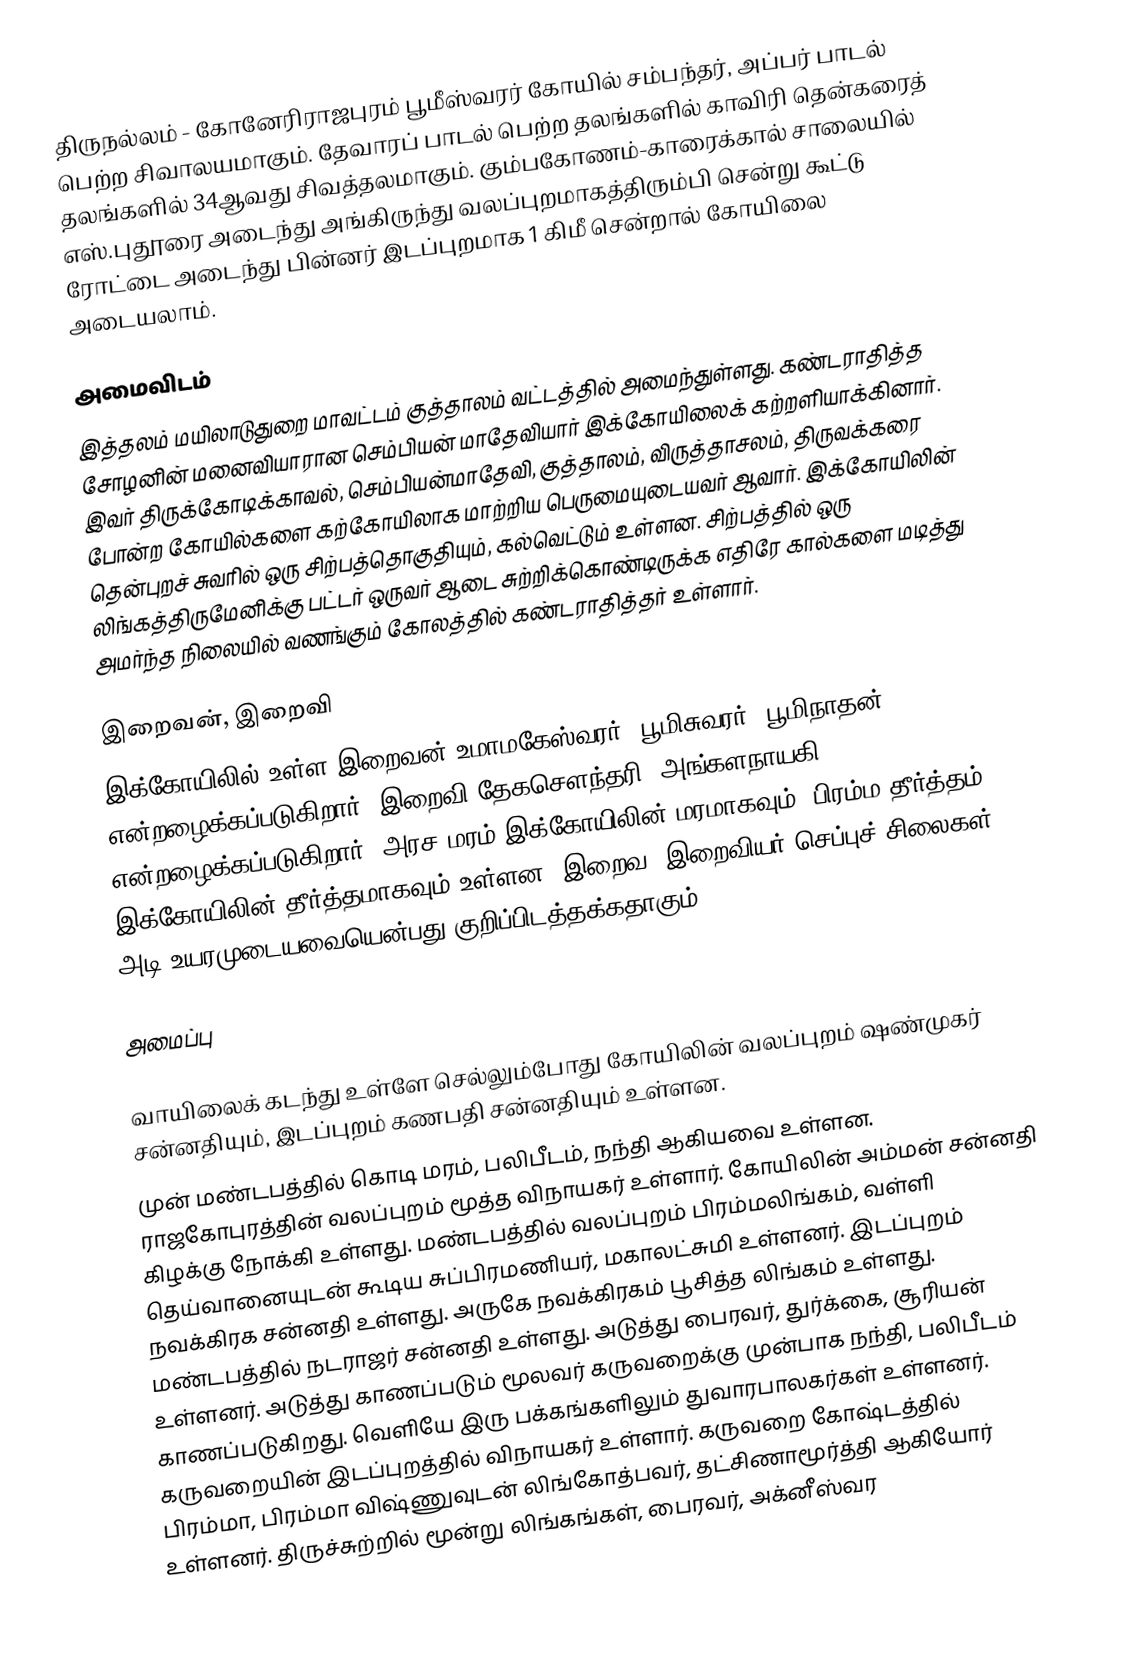
திருநல்லம் - கோனேரிராஜபுரம் பூமீஸ்வரர் கோயில் சம்பந்தர், அப்பர் பாடல் பெற்ற சிவாலயமாகும். தேவாரப் பாடல் பெற்ற தலங்களில் காவிரி தென்கரைத் தலங்களில் 34ஆவது சிவத்தலமாகும். கும்பகோணம்-காரைக்கால் சாலையில் எஸ்.புதூரை அடைந்து அங்கிருந்து வலப்புறமாகத்திரும்பி சென்று கூட்டு ரோட்டை அடைந்து பின்னர் இடப்புறமாக 1 கிமீ சென்றால் கோயிலை அடையலாம்.

அமைவிடம்
இத்தலம் மயிலாடுதுறை மாவட்டம்  குத்தாலம் வட்டத்தில் அமைந்துள்ளது. கண்டராதித்த சோழனின் மனைவியாரான செம்பியன் மாதேவியார் இக்கோயிலைக் கற்றளியாக்கினார். இவர் திருக்கோடிக்காவல், செம்பியன்மாதேவி, குத்தாலம், விருத்தாசலம், திருவக்கரை போன்ற கோயில்களை கற்கோயிலாக மாற்றிய பெருமையுடையவர் ஆவார். இக்கோயிலின் தென்புறச் சுவரில் ஒரு சிற்பத்தொகுதியும், கல்வெட்டும் உள்ளன. சிற்பத்தில் ஒரு லிங்கத்திருமேனிக்கு பட்டர் ஒருவர் ஆடை சுற்றிக்கொண்டிருக்க எதிரே கால்களை மடித்து அமர்ந்த நிலையில் வணங்கும் கோலத்தில் கண்டராதித்தர் உள்ளார்.

இறைவன், இறைவி
இக்கோயிலில் உள்ள இறைவன் உமாமகேஸ்வரர், பூமிசுவரர், பூமிநாதன் என்றழைக்கப்படுகிறார். இறைவி தேகசௌந்தரி, அங்களநாயகி என்றழைக்கப்படுகிறார். அரச மரம் இக்கோயிலின் மரமாகவும், பிரம்ம தீர்த்தம் இக்கோயிலின் தீர்த்தமாகவும் உள்ளன. இறைவ, இறைவியர் செப்புச் சிலைகள் 9 அடி உயரமுடையவையென்பது குறிப்பிடத்தக்கதாகும்.

அமைப்பு

வாயிலைக் கடந்து உள்ளே செல்லும்போது கோயிலின் வலப்புறம் ஷண்முகர் சன்னதியும், இடப்புறம் கணபதி சன்னதியும் உள்ளன.
முன் மண்டபத்தில் கொடி மரம், பலிபீடம், நந்தி ஆகியவை உள்ளன.  ராஜகோபுரத்தின் வலப்புறம் மூத்த விநாயகர் உள்ளார். கோயிலின் அம்மன் சன்னதி கிழக்கு நோக்கி உள்ளது. மண்டபத்தில் வலப்புறம் பிரம்மலிங்கம், வள்ளி தெய்வானையுடன் கூடிய சுப்பிரமணியர், மகாலட்சுமி உள்ளனர். இடப்புறம் நவக்கிரக சன்னதி உள்ளது. அருகே நவக்கிரகம் பூசித்த லிங்கம் உள்ளது. மண்டபத்தில் நடராஜர் சன்னதி உள்ளது. அடுத்து பைரவர், துர்க்கை, சூரியன் உள்ளனர். அடுத்து காணப்படும் மூலவர் கருவறைக்கு முன்பாக நந்தி, பலிபீடம் காணப்படுகிறது. வெளியே இரு பக்கங்களிலும் துவாரபாலகர்கள் உள்ளனர். கருவறையின் இடப்புறத்தில் விநாயகர் உள்ளார். கருவறை கோஷ்டத்தில் பிரம்மா, பிரம்மா விஷ்ணுவுடன் லிங்கோத்பவர், தட்சிணாமூர்த்தி ஆகியோர் உள்ளனர். திருச்சுற்றில் மூன்று லிங்கங்கள், பைரவர், அக்னீஸ்வர